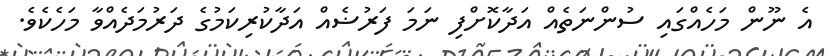
އެ ނޫން މަހެއްގައި ސުންނަތެއް އަދާކޮށްފި ނަމަ ފަރުޟެއް އަދާކުރިކަމުގެ ދަރުމަދެއްވާ މަހެކެވެ.